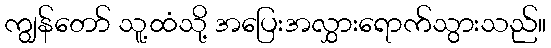
ကျွန်တော် သူ့ထံသို့ အပြေးအလွှားရောက်သွားသည်။